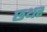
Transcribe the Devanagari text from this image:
छथर